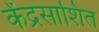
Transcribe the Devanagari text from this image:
केंद्रसाशित